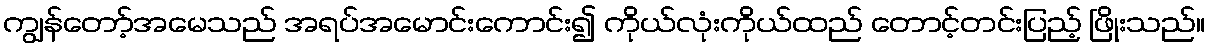
ကျွန်တော့်အမေသည် အရပ်အမောင်းကောင်း၍ ကိုယ်လုံးကိုယ်ထည် တောင့်တင်းပြည့် ဖြိုးသည်။